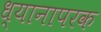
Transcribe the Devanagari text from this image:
ध्यानापरक